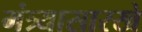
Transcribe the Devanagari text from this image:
मंत्र्यासारखे